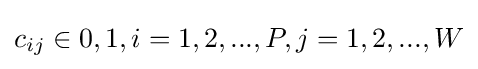
c_{ij}\in {0,1},i=1,2,...,P,j=1,2,...,W